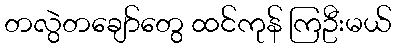
တလွဲတချော်တွေ ထင်ကုန် ကြဦးမယ်